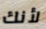
لأنك